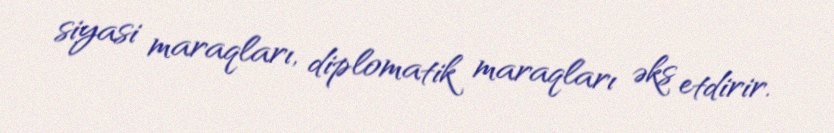
siyasi maraqları, diplomatik maraqları əks etdirir.